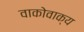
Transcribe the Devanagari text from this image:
वाकोवाक्य